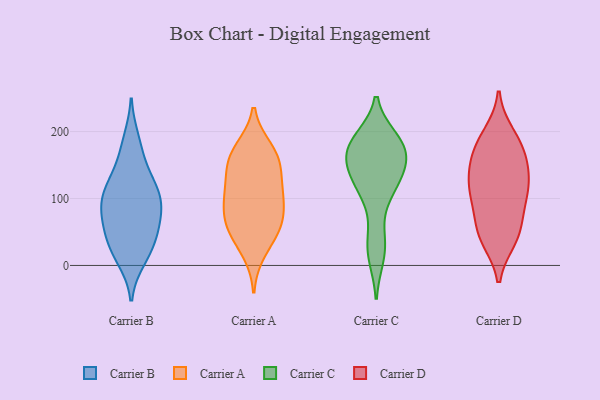
{"axis": {"x": "Humidity (%)", "y": "Value"}, "legend": ["Carrier A", "Carrier B", "Carrier C", "Carrier D"], "data": [{"x": "", "y": 22, "type": "Carrier B"}, {"x": "", "y": 169, "type": "Carrier B"}, {"x": "", "y": 104, "type": "Carrier B"}, {"x": "", "y": 132, "type": "Carrier B"}, {"x": "", "y": 52, "type": "Carrier B"}, {"x": "", "y": 98, "type": "Carrier B"}, {"x": "", "y": 187, "type": "Carrier B"}, {"x": "", "y": 78, "type": "Carrier B"}, {"x": "", "y": 81, "type": "Carrier B"}, {"x": "", "y": 48, "type": "Carrier B"}, {"x": "", "y": 112, "type": "Carrier B"}, {"x": "", "y": 52, "type": "Carrier B"}, {"x": "", "y": 10, "type": "Carrier B"}, {"x": "", "y": 126, "type": "Carrier B"}, {"x": "", "y": 20, "type": "Carrier B"}, {"x": "", "y": 91, "type": "Carrier B"}, {"x": "", "y": 174, "type": "Carrier A"}, {"x": "", "y": 51, "type": "Carrier A"}, {"x": "", "y": 21, "type": "Carrier A"}, {"x": "", "y": 102, "type": "Carrier A"}, {"x": "", "y": 92, "type": "Carrier A"}, {"x": "", "y": 54, "type": "Carrier A"}, {"x": "", "y": 114, "type": "Carrier A"}, {"x": "", "y": 169, "type": "Carrier A"}, {"x": "", "y": 69, "type": "Carrier A"}, {"x": "", "y": 152, "type": "Carrier A"}, {"x": "", "y": 102, "type": "Carrier A"}, {"x": "", "y": 59, "type": "Carrier A"}, {"x": "", "y": 139, "type": "Carrier A"}, {"x": "", "y": 159, "type": "Carrier A"}, {"x": "", "y": 146, "type": "Carrier C"}, {"x": "", "y": 177, "type": "Carrier C"}, {"x": "", "y": 105, "type": "Carrier C"}, {"x": "", "y": 131, "type": "Carrier C"}, {"x": "", "y": 185, "type": "Carrier C"}, {"x": "", "y": 123, "type": "Carrier C"}, {"x": "", "y": 163, "type": "Carrier C"}, {"x": "", "y": 188, "type": "Carrier C"}, {"x": "", "y": 169, "type": "Carrier C"}, {"x": "", "y": 14, "type": "Carrier C"}, {"x": "", "y": 39, "type": "Carrier C"}, {"x": "", "y": 47, "type": "Carrier D"}, {"x": "", "y": 40, "type": "Carrier D"}, {"x": "", "y": 57, "type": "Carrier D"}, {"x": "", "y": 45, "type": "Carrier D"}, {"x": "", "y": 96, "type": "Carrier D"}, {"x": "", "y": 123, "type": "Carrier D"}, {"x": "", "y": 163, "type": "Carrier D"}, {"x": "", "y": 195, "type": "Carrier D"}, {"x": "", "y": 185, "type": "Carrier D"}, {"x": "", "y": 131, "type": "Carrier D"}, {"x": "", "y": 175, "type": "Carrier D"}, {"x": "", "y": 107, "type": "Carrier D"}, {"x": "", "y": 128, "type": "Carrier D"}, {"x": "", "y": 156, "type": "Carrier D"}, {"x": "", "y": 97, "type": "Carrier D"}]}